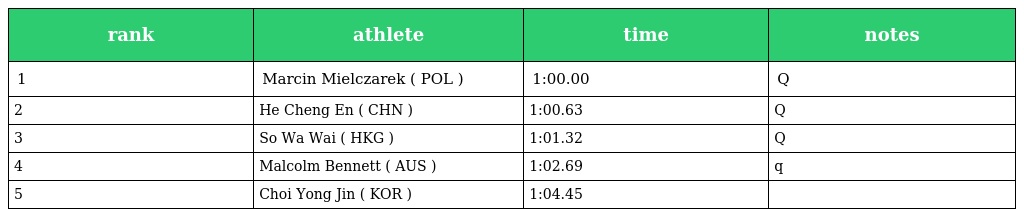
| rank | athlete | time | notes |
 | --- | --- | --- | --- |
 | 1 | Marcin Mielczarek ( POL ) | 1:00.00 | Q |
 | 2 | He Cheng En ( CHN ) | 1:00.63 | Q |
 | 3 | So Wa Wai ( HKG ) | 1:01.32 | Q |
 | 4 | Malcolm Bennett ( AUS ) | 1:02.69 | q |
 | 5 | Choi Yong Jin ( KOR ) | 1:04.45 |  |